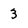
Character: 3